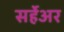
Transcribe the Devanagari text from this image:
सर्हेअर